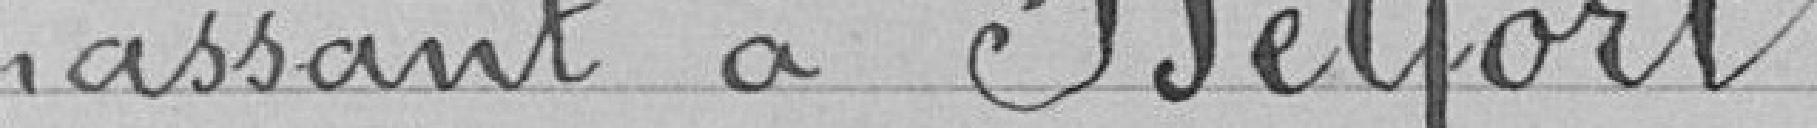
passant à Belfort